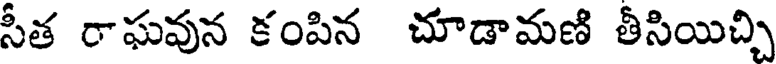
సీత రాఘవున కంపిన చూడామణి తీసియిచ్చి